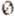
0